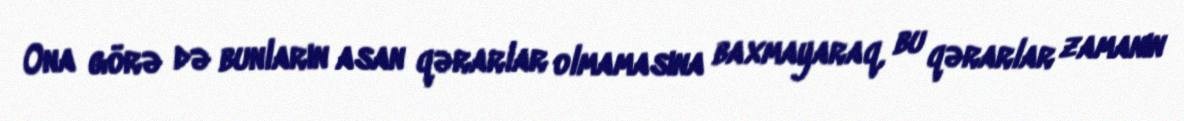
Ona görə də bunların asan qərarlar olmamasına baxmayaraq, bu qərarlar zamanın